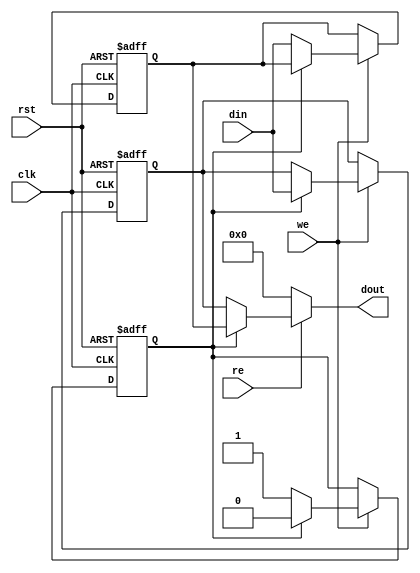
module DoubleBufferRegister (
    input wire clk,        // Clock signal
    input wire rst,        // Reset signal
    input wire we,         // Write Enable
    input wire re,         // Read Enable
    input wire [N-1:0] din, // Data Input
    output reg [N-1:0] dout // Data Output
);
    parameter N = 8; // Width of the data bus

    // Internal registers for the two buffers
    reg [N-1:0] bufferA;
    reg [N-1:0] bufferB;
    
    // State variable to track the active buffer
    reg activeBuffer; // 0 for bufferA, 1 for bufferB

    // Asynchronous reset and data capture on clock edge
    always @(posedge clk or posedge rst) begin
        if (rst) begin
            // Reset both buffers to zero
            bufferA <= {N{1'b0}};
            bufferB <= {N{1'b0}};
            activeBuffer <= 0; // Start with bufferA active
        end else if (we) begin
            // Write data to the inactive buffer
            if (activeBuffer == 0) begin
                bufferB <= din; // Write to bufferB
                activeBuffer <= 1; // Switch to bufferB
            end else begin
                bufferA <= din; // Write to bufferA
                activeBuffer <= 0; // Switch to bufferA
            end
        end
    end

    // Output logic based on read enable
    always @(*) begin
        if (re) begin
            if (activeBuffer == 0) begin
                dout = bufferA; // Output from bufferA
            end else begin
                dout = bufferB; // Output from bufferB
            end
        end else begin
            dout = {N{1'b0}}; // Output zero if RE is low
        end
    end
endmodule